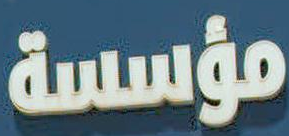
مؤسسة